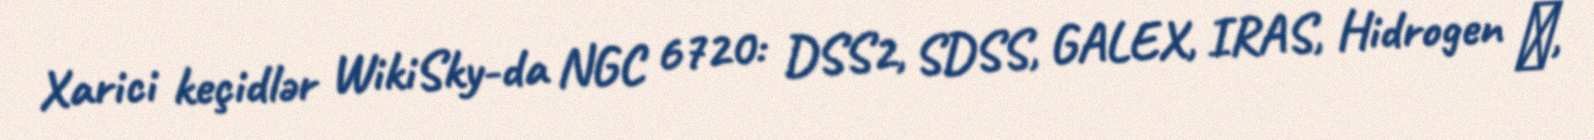
Xarici keçidlər WikiSky-da NGC 6720: DSS2, SDSS, GALEX, IRAS, Hidrogen α,